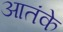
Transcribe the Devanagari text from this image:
आतंके